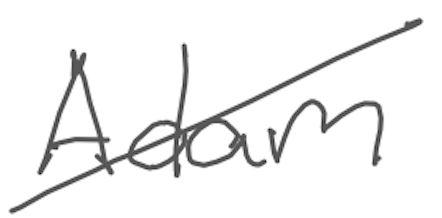
Text: Adam
Cross-out: mix
Writing tool: digital_gray